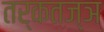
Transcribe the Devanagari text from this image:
तर्कतज्ञ